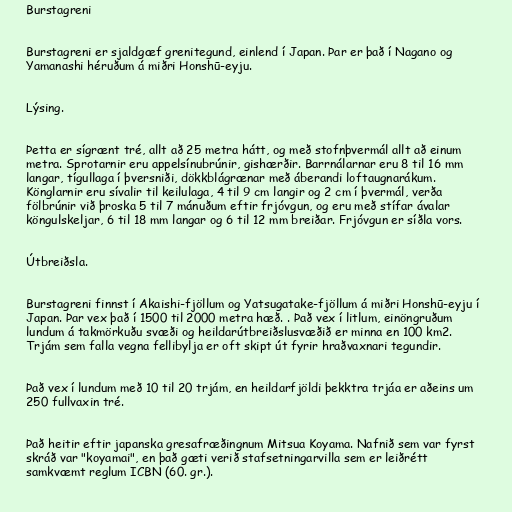
Burstagreni

Burstagreni er sjaldgæf grenitegund, einlend í Japan. Þar er það í Nagano og
Yamanashi héruðum á miðri Honshū-eyju.

Lýsing.

Þetta er sígrænt tré, allt að 25 metra hátt, og með stofnþvermál allt að einum
metra. Sprotarnir eru appelsínubrúnir, gishærðir. Barrnálarnar eru 8 til 16 mm
langar, tígullaga í þversniði, dökkblágrænar með áberandi loftaugnarákum.
Könglarnir eru sívalir til keilulaga, 4 til 9 cm langir og 2 cm í þvermál, verða
fölbrúnir við þroska 5 til 7 mánuðum eftir frjóvgun, og eru með stífar ávalar
köngulskeljar, 6 til 18 mm langar og 6 til 12 mm breiðar. Frjóvgun er síðla vors.

Útbreiðsla.

Burstagreni finnst í Akaishi-fjöllum og Yatsugatake-fjöllum á miðri Honshū-eyju í
Japan. Þar vex það í 1500 til 2000 metra hæð. . Það vex í litlum, einöngruðum
lundum á takmörkuðu svæði og heildarútbreiðslusvæðið er minna en 100 km2.
Trjám sem falla vegna fellibylja er oft skipt út fyrir hraðvaxnari tegundir.

Það vex í lundum með 10 til 20 trjám, en heildarfjöldi þekktra trjáa er aðeins um
250 fullvaxin tré.

Það heitir eftir japanska gresafræðingnum Mitsua Koyama. Nafnið sem var fyrst
skráð var "koyamai", en það gæti verið stafsetningarvilla sem er leiðrétt
samkvæmt reglum ICBN (60. gr.).